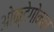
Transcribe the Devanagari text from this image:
ओक्टेगोनल